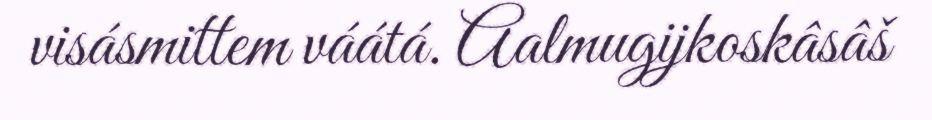
visásmittem váátá. Aalmugijkoskâsâš